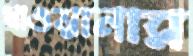
খাওয়ানার